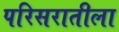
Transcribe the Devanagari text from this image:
परिसरातीला